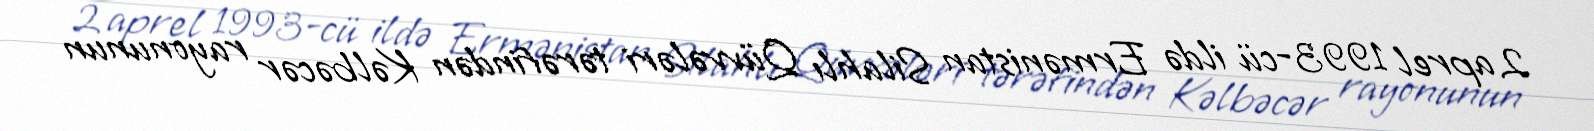
2 aprel 1993-cü ildə Ermənistan Silahlı Qüvvələri tərəfindən Kəlbəcər rayonunun